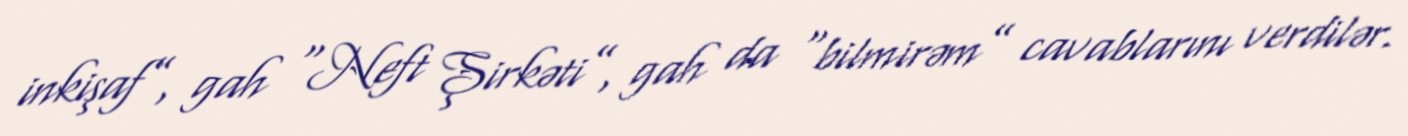
inkişaf”, gah “Neft Şirkəti”, gah da “bilmirəm” cavablarını verdilər.